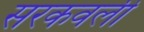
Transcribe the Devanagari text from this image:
सरकवली